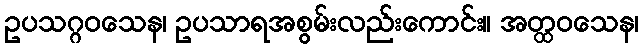
ဥပသဂ္ဂဝသေန၊ ဥပသာရအစွမ်းလည်းကောင်း။ အတ္ထဝသေန၊